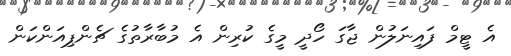
އެ ޓީމް ފައިނަލުން ޖާގަ ހޯދީ މީގެ ކުރިން އެ މުބާރާތުގެ ޗެންޕިއަންކަން